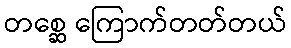
တစ္ဆေ ကြောက်တတ်တယ်